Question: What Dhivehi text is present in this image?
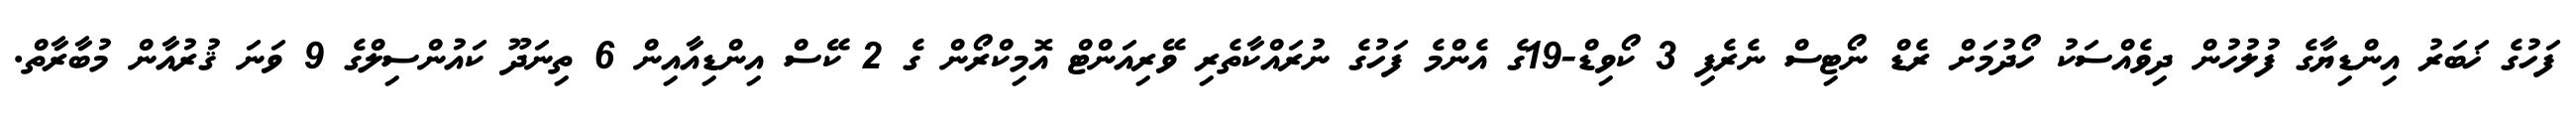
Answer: ފަހުގެ ޚަބަރު އިންޑިޔާގެ ފުލުހުން ދިވެއްސަކު ހޯދުމަށް ރެޑް ނޯޓިސް ނެރެފި 3 ކޯވިޑް-19ގެ އެންމެ ފަހުގެ ނުރައްކާތެރި ވޭރިއަންޓް އޮމިކްރޯން ގެ 2 ކޭސް އިންޑިއާއިން 6 ތިނަދޫ ކައުންސިލްގެ 9 ވަނަ ޤުރުއާން މުބާރާތް.